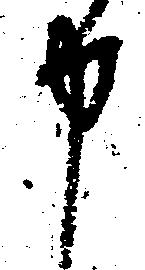
申